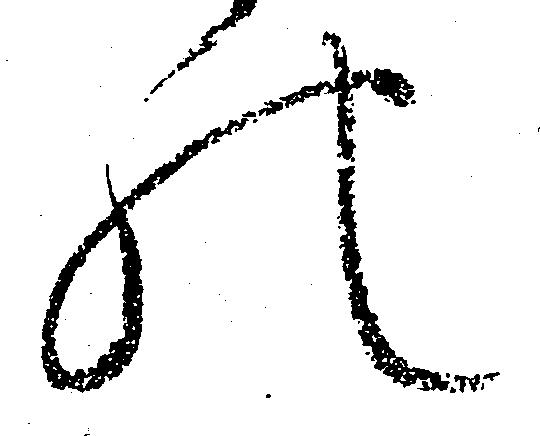
の